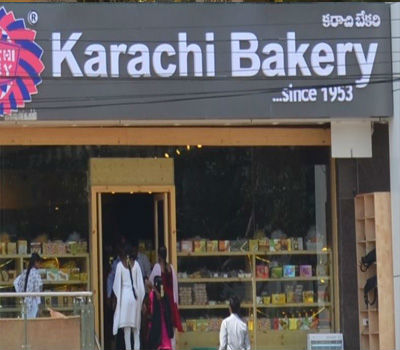
Language: telugu
Transcription: కరాచి బేకరి